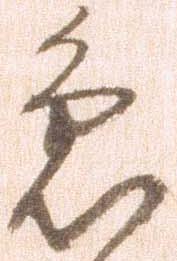
急